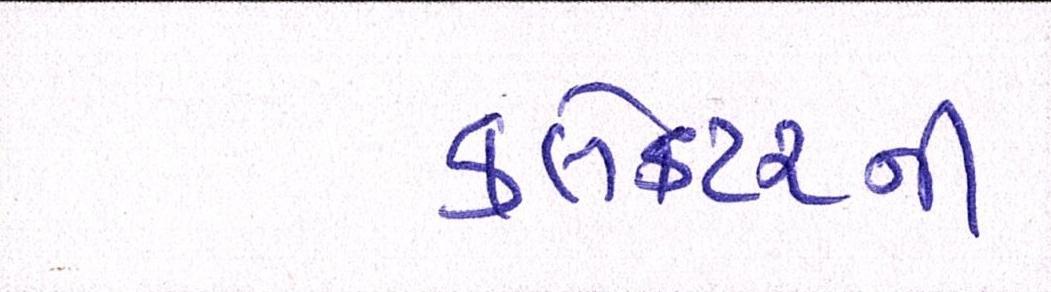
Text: કલેક્ટરની